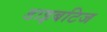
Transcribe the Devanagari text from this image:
डाइबटिज